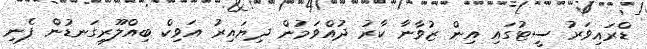
ޑްރައިވަރު ސީޓުގައި އިން ޒުވާނާ ކާރު ދުއްވަމުން ދިޔައިރު އަވިކް ބިއްލޫރިގަނޑުން ފެނި